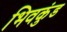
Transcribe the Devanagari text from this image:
भिवकुंड